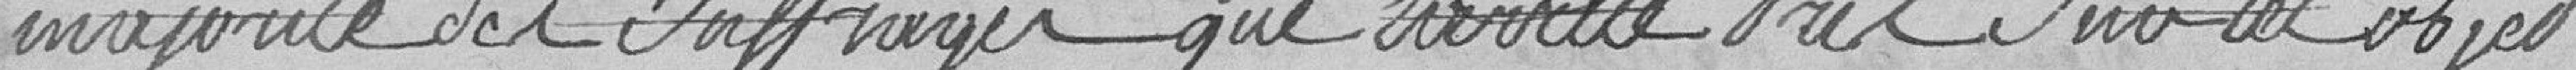
majorité des suffrages que l’arrêté pris sur cet objet